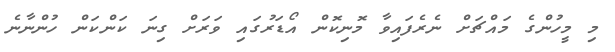
މި މީހުންގެ މައްޗަށް ނެރެފައިވާ މޮނިކޮން އޯޑަރުގައި ވަރަށް ގިނަ ކަންކަން ހުންނާނެ